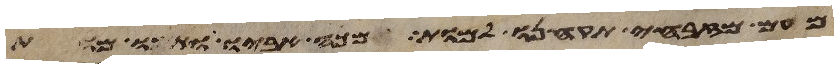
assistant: מעם מזבחי תקחנו למות ומכה אביו ואמו מות